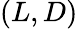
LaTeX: (L,D)